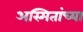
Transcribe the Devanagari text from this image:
अस्मितांच्या